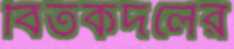
বিতর্কদলের